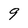
Character: 9